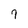
Character: 7